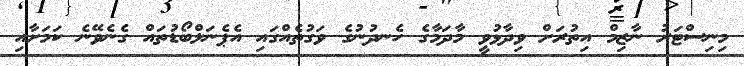
މިނިސްޓަރު ނާޒިމް އިތުރަށް ވިދާޅުވީ މާދަމާގެ ހެނދުނުގެ ވަގުތެއްގައި އެޕެނަލްބޯޑުތައް ގެނެވޭނެ ކަމަށާއި